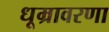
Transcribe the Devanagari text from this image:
धूम्रावरणा